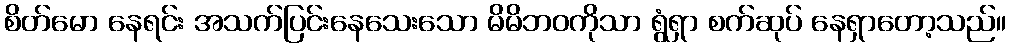
စိတ်မော နေရင်း အသက်ပြင်းနေသေးသော မိမိဘဝကိုသာ ရွံရှာ စက်ဆုပ် နေရှာတော့သည်။